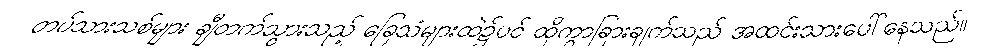
တပ်သားသစ်များ ချီတက်သွားသည့် ခြေသံများထဲ၌ပင် ထိုကွာခြားချက်သည် အထင်းသားပေါ်နေသည်။